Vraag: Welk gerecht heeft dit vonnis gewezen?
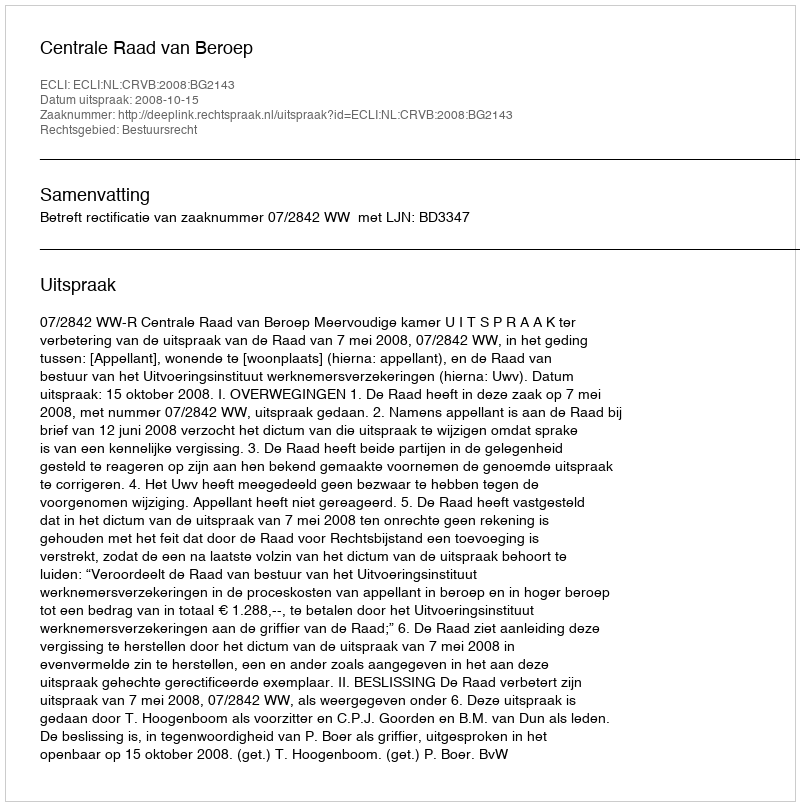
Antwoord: Centrale Raad van Beroep